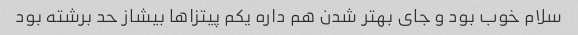
سلام خوب بود و جای بهتر شدن هم داره یکم پیتزاها بیشاز حد برشته بود